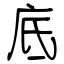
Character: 底